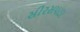
સીરસપાડા